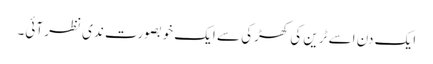
ایک دن اسے ٹرین کی کھڑکی سے ایک خوبصورت ندی نظر آئی۔